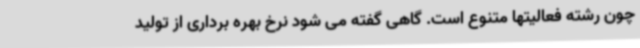
چون رشته فعالیتها متنوع است. گاهی گفته می شود نرخ بهره برداری از تولید